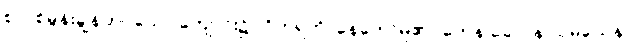
စုလစ်မွန်းချွန်တပ်သော ကျောင်း၌။ ဝိဟရတိ၊ နေတော်မူ၏။ တေန ခေါ ပန သမယေန၊